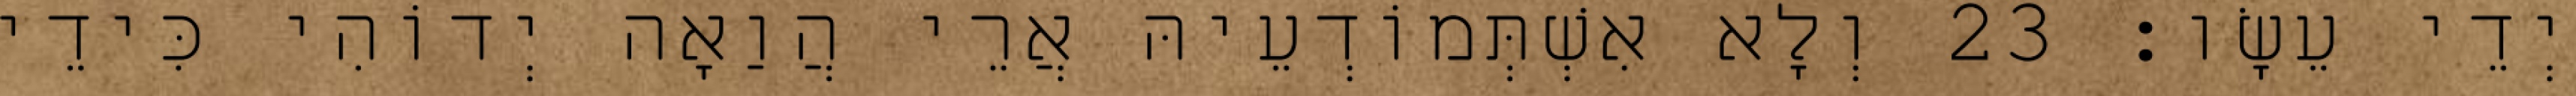
יְדֵי עֵשָׂו׃ 23 וְלָא אִשְׁתְּמוֹדְעֵיהּ אֲרֵי הֲוַאָה יְדוֹהִי כִּידֵי